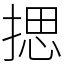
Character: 揌